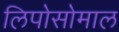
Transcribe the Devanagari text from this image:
लिपोसोमाल